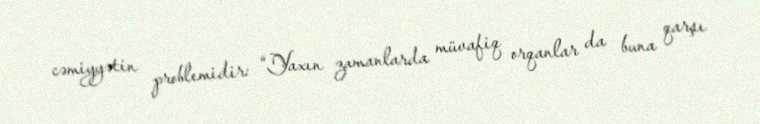
cəmiyyətin problemidir: “Yaxın zamanlarda müvafiq orqanlar da buna qarşı